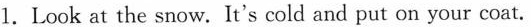
1. Look at the snow. It's cold and put on your coat.